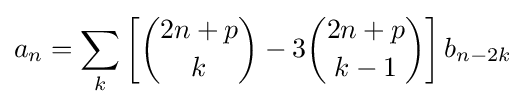
a_{n}=\sum _{k}\left[{\binom {2n+p}{k}}-3{\binom {2n+p}{k-1}}\right]b_{n-2k}